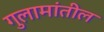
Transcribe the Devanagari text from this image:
गुलामांतील